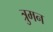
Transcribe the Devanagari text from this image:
त्रुमन